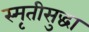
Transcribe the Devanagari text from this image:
स्मृतीसुद्धा